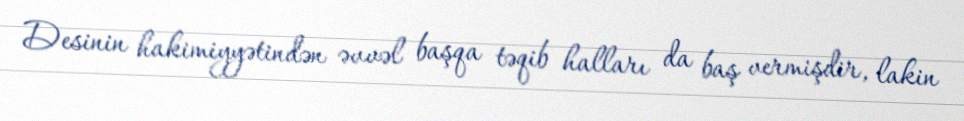
Desinin hakimiyyətindən əvvəl başqa təqib halları da baş vermişdir, lakin